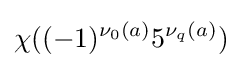
\chi ((-1)^{\nu _{0}(a)}5^{\nu _{q}(a)})